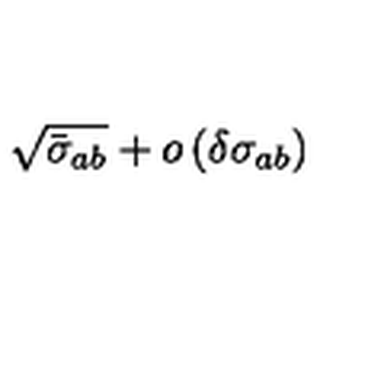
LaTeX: \sqrt { \bar { \sigma } _ { a b } } + o \left( \delta \sigma _ { a b } \right)